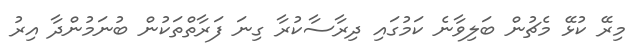
މިރޭ ކުޅޭ މެޗުން ބަލިވާނެ ކަމުގައި ދިރާސާކުރާ ގިނަ ފަރާތްތަކުން ބުނަމުންދާ އިރު